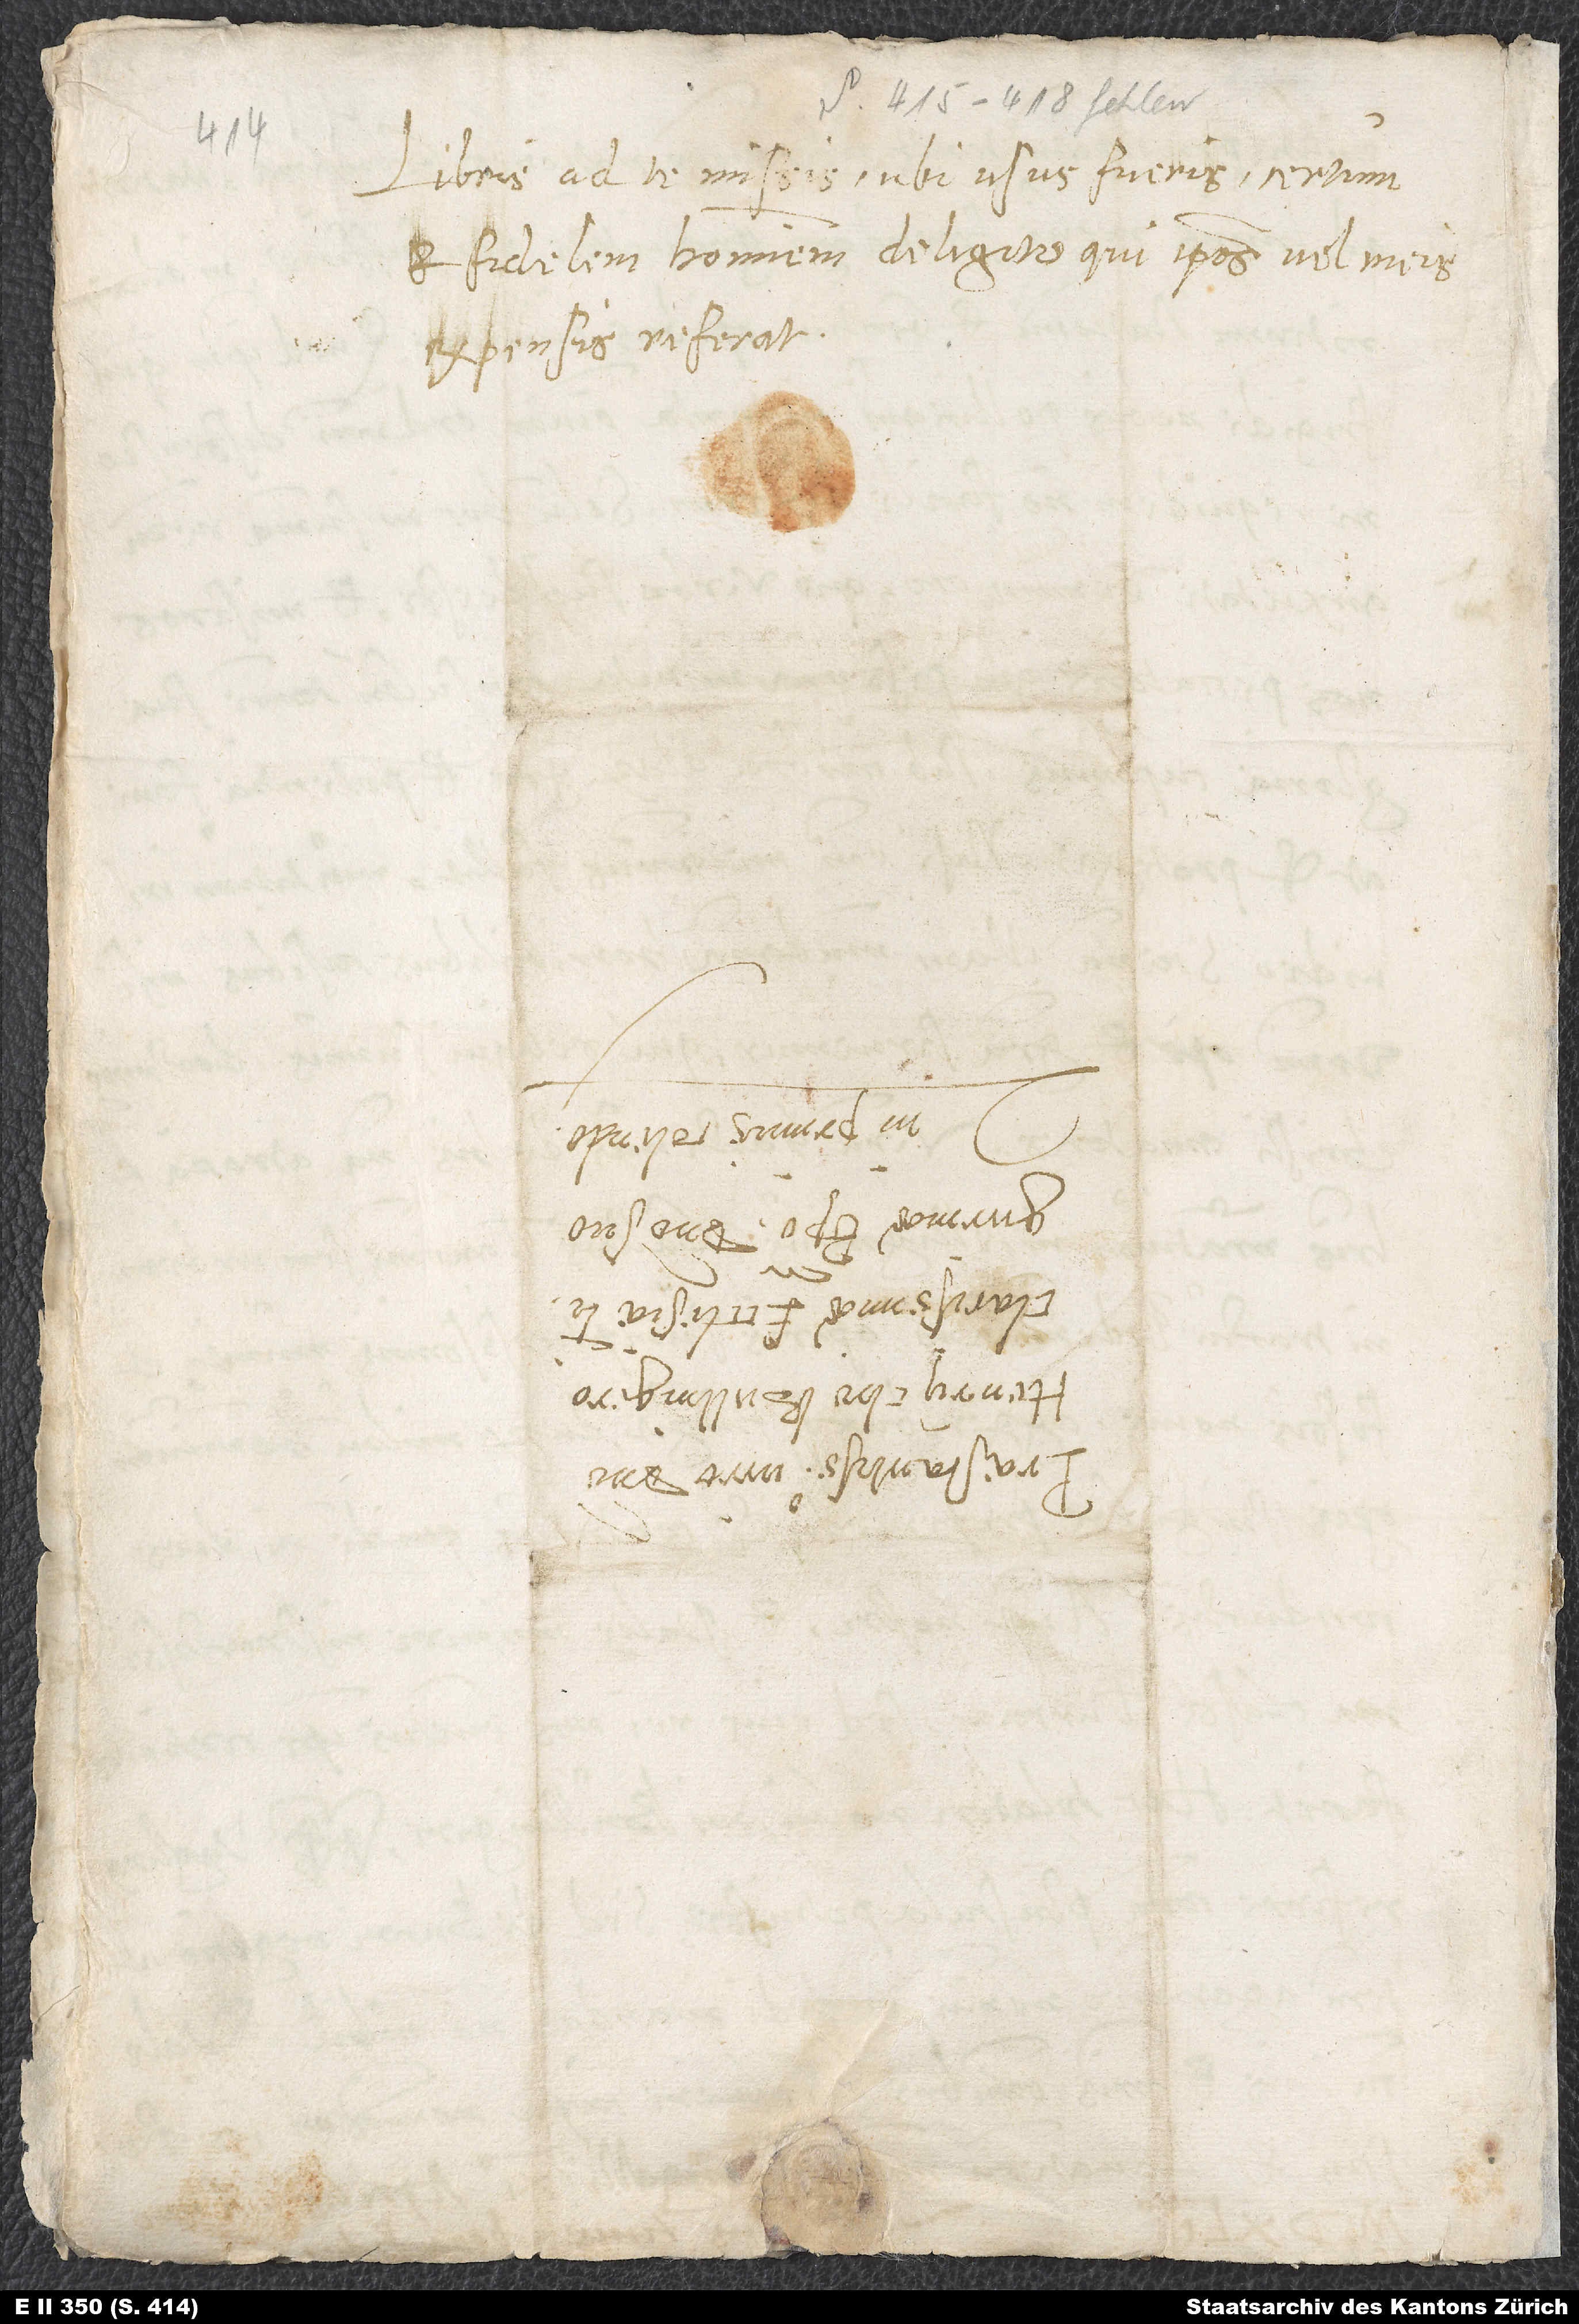
Libris ad te missis ubi usus fueris, certum
et fidelem hominem deligito, qui ipsos vel meis
expensis referat.